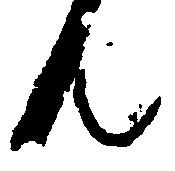
ん